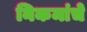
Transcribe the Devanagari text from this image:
निकमांचे